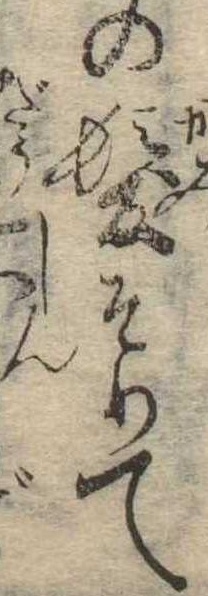
の髪そりて